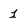
Character: 1